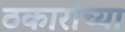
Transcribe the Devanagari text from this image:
ठकारांच्या